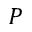
P